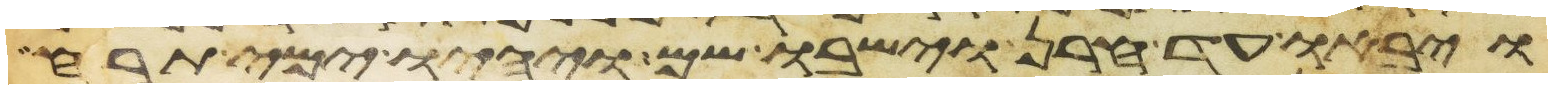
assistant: ויבאו עד חרן וישבו שם ויהיו ימי תרח